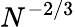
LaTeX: N^{-2/3}